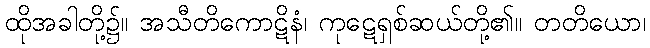
ထိုအခါတို့၌။ အသီတိကောဋိနံ၊ ကုဋေရှစ်ဆယ်တို့၏။ တတိယော၊